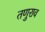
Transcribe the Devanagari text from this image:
तणुराव